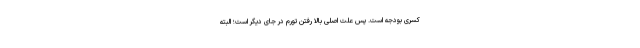
کسری بودجه است. پس علت اصلی بالا رفتن تورم در جای دیگر است؛ البته